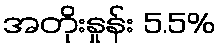
အတိုးနှုန်း 5.5%